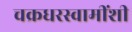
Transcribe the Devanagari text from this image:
चक्रधरस्वामींशी